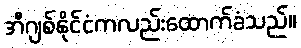
အီဂျစ်နိုင်ငံကလည်းထောက်ခံသည်။